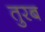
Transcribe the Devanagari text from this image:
तुरब